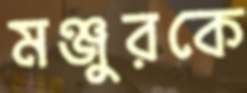
মঞ্জুরকে